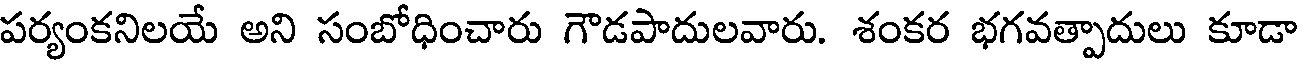
పర్యంకనిలయే అని సంబోధించారు గౌడపాదులవారు. శంకర భగవత్పాదులు కూడా